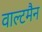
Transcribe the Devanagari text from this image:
वाल्टमैन